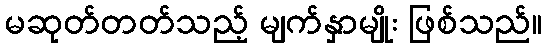
မဆုတ်တတ်သည့် မျက်နှာမျိုး ဖြစ်သည်။